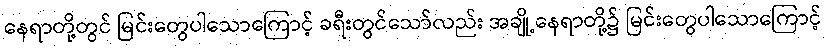
နေရာတို့တွင် မြင်းတွေပါသောကြောင့် ခရီးတွင်သော်လည်း အချို့နေရာတို့၌ မြင်းတွေပါသောကြောင့်